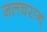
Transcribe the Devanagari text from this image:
जलचरान्